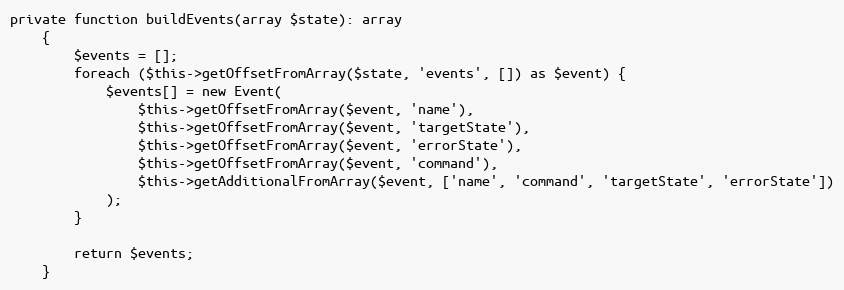
Language: PHP
private function buildEvents(array $state): array
    {
        $events = [];
        foreach ($this->getOffsetFromArray($state, 'events', []) as $event) {
            $events[] = new Event(
                $this->getOffsetFromArray($event, 'name'),
                $this->getOffsetFromArray($event, 'targetState'),
                $this->getOffsetFromArray($event, 'errorState'),
                $this->getOffsetFromArray($event, 'command'),
                $this->getAdditionalFromArray($event, ['name', 'command', 'targetState', 'errorState'])
            );
        }

        return $events;
    }